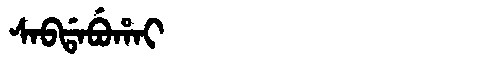
Manchu: ᠰᠠᠪᡩᠠᠪᡠᡥᠠᡳ
Romanization: SABDABUHAI